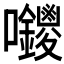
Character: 𭍊